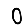
Digit: 0